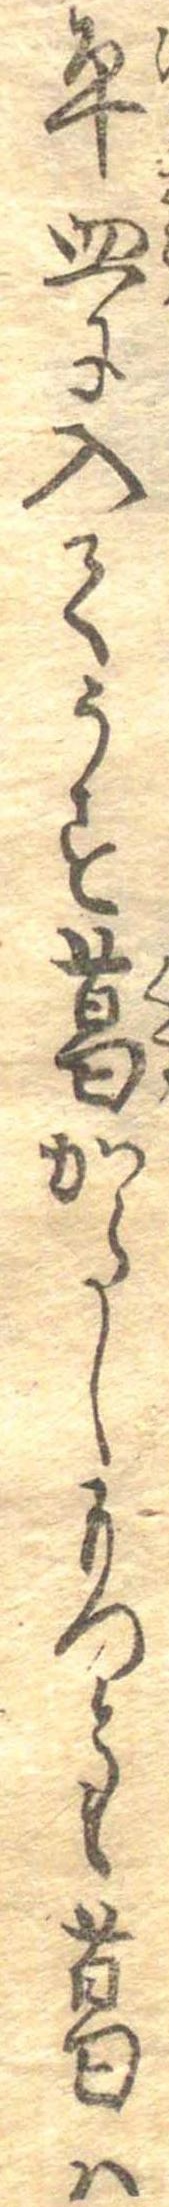
平皿に入てうす葛からしもつとも葛は